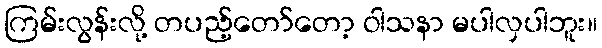
ကြမ်းလွန်းလို့ တပည့်တော်တော့ ဝါသနာ မပါလှပါဘူး။